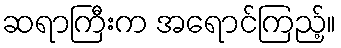
ဆရာကြီးက အရောင်ကြည့်။